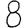
Digit: 8